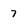
Character: 7